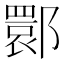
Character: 𬪗